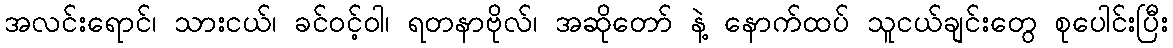
အလင်းရောင်၊ သားငယ်၊ ခင်ဝင့်ဝါ၊ ရတနာဗိုလ်၊ အဆိုတော် နဲ့ နောက်ထပ် သူငယ်ချင်းတွေ စုပေါင်းပြီး